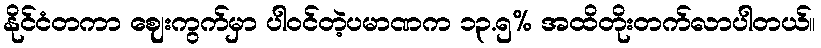
နိုင်ငံတကာ ဈေးကွက်မှာ ပါဝင်တဲ့ပမာဏက ၁၃.၅% အထိတိုးတက်လာပါတယ်။